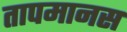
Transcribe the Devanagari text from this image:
तापमानस